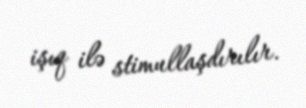
işıq ilə stimullaşdırılır.